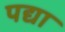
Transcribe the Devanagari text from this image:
पद्या